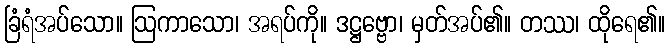
ခြံရံအပ်သော။ ဩကာသော၊ အရပ်ကို။ ဒဋ္ဌဗ္ဗော၊ မှတ်အပ်၏။ တဿ၊ ထိုရေ၏။